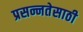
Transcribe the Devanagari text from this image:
प्रसन्नतेसाठी